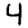
Digit: 4